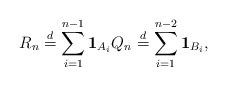
LaTeX: \begin{align*}R_n\stackrel{d}{=}\sum_{i=1}^{n-1} {\bf 1}_{A_i} Q_n\stackrel{d}{=}\sum_{i=1}^{n-2} {\bf 1}_{B_i}, \end{align*}